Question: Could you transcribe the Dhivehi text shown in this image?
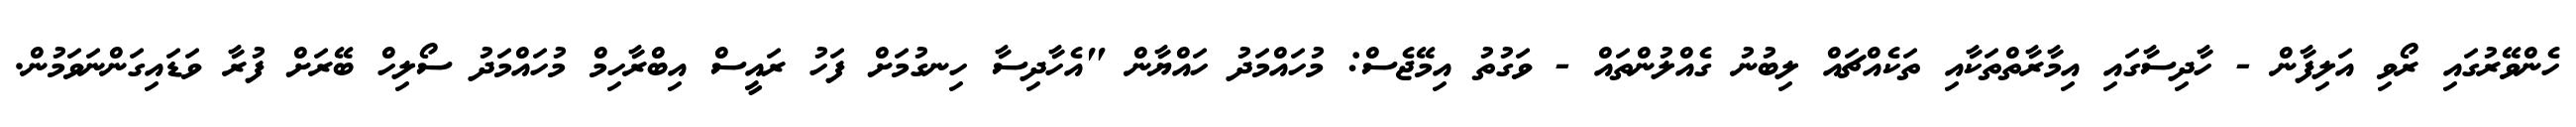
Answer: ހެންވޭރުގައި ރޯވި އަލިފާން - ހާދިސާގައި އިމާރާތްތަކާއި ތަކެއްޗައް ލިބުނު ގެއްލުންތައް - ވަގުތު އިމޭޖެސް: މުހައްމަދު ހައްޔާން "އެހާދިސާ ހިނގުމަށް ފަހު ރައީސް އިބްރާހިމް މުހައްމަދު ސޯލިހް ބޭރަށް ފުރާ ވަޑައިގަންނަވަމުން.